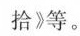
拾》等。